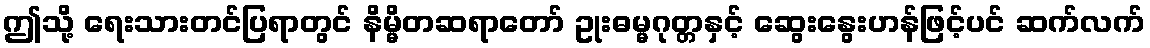
ဤသို့ ရေးသားတင်ပြရာတွင် နိမ္မိတဆရာတော် ဥုးဓမ္မဂုတ္တနှင့် ဆွေးနွေးဟန်ဖြင့်ပင် ဆက်လက်